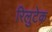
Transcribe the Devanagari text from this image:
रिलुटेक